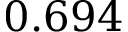
0 . 6 9 4